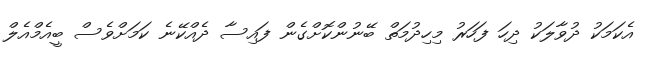
އެކަމަކު ދުވާލަކު ދިހަ ފަހަރު މިހިދުމަތް ބޭނުންކޮށްގެން ފައިސާ ދެއްކޭނެ ކަަމަށްވެސް ބީއެމްއެލް